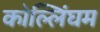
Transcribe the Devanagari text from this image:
कोल्लिंघम